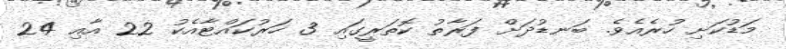
މަޑުކަށި ހުރެއެވެ. ބަނޑުދަށް ފަރާތު ކޮތަރީގައި 3 ހަރުކައްޓާއެކު 22 އާއި 24